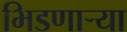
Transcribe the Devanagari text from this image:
भिडणार्‍या